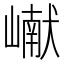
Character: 𪩘